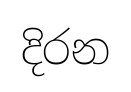
දිරන